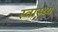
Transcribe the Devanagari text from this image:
स्‍वास्थ्य